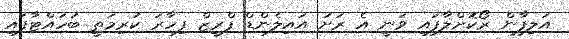
އަލިފާން ރޯކޮށްލާފައި ވަނީ އެ ރަށު އައިލެންޑް ފްރީޒް ފިހާރަ ކުރިމަތީ ބަހައްޓާފައި